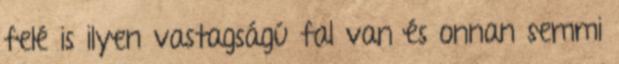
felé is ilyen vastagságú fal van és onnan semmi